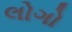
લોગો